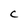
Character: C